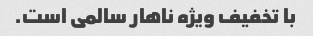
با تخفیف ویژه ناهار سالمی است.